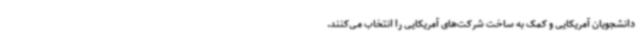
دانشجویان آمریکایی و کمک به ساخت شرکت‌های آمریکایی را انتخاب می‌کنند.